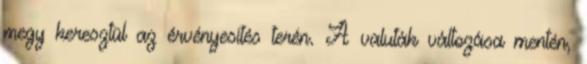
megy keresztül az érvényesítés terén. A valuták változása mentén,